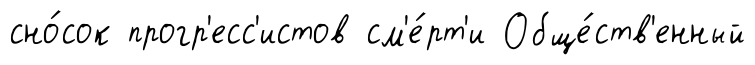
сно́сок прогр'есс'истов см'е́рт'и Обще́ств'енный